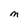
Character: M